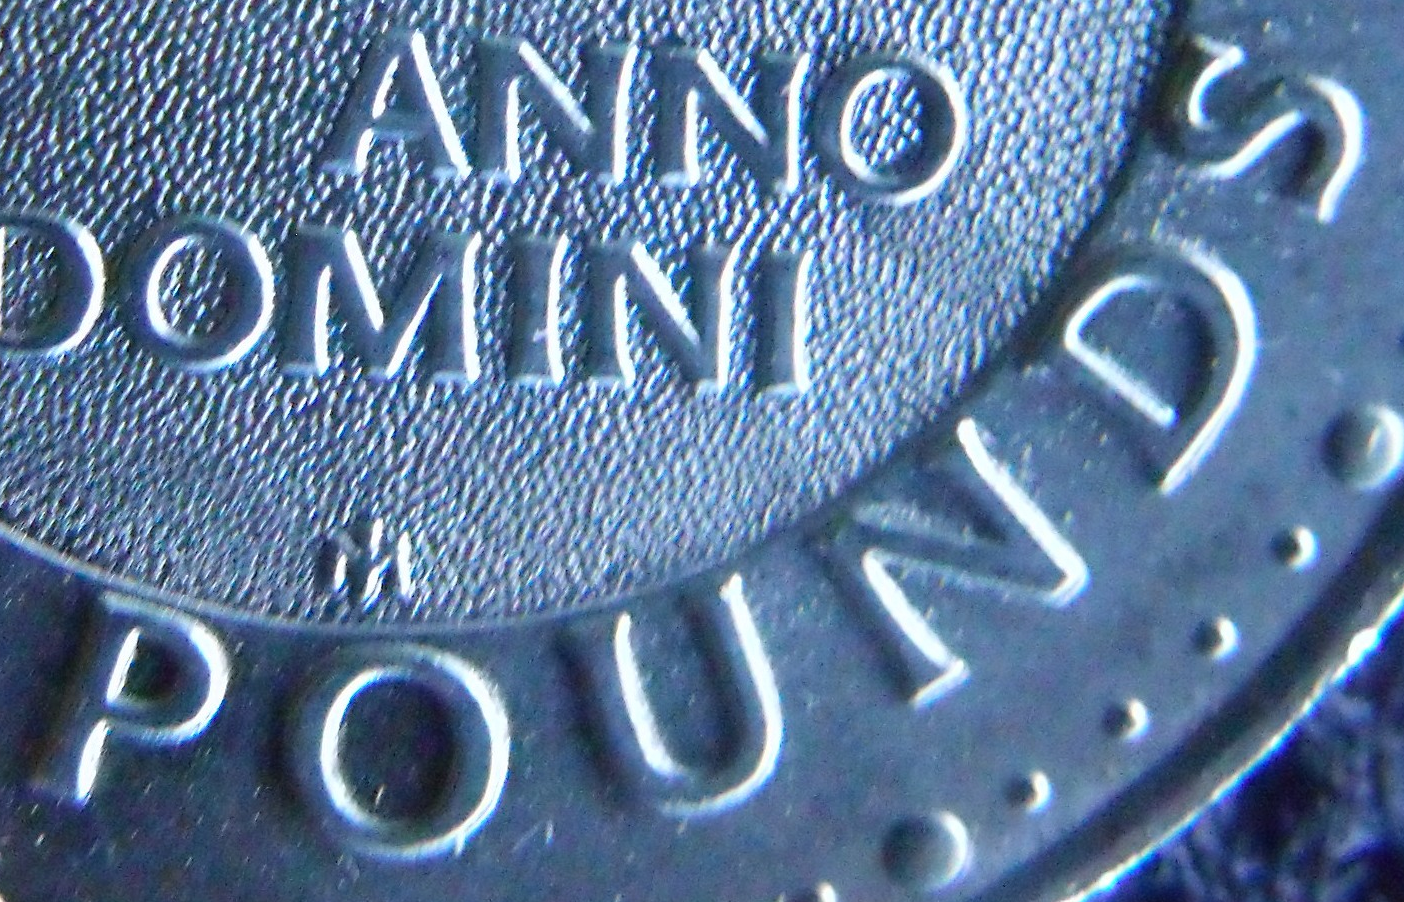
POUNDS